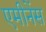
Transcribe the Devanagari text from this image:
एमीनेंस